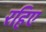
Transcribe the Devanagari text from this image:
रहिए